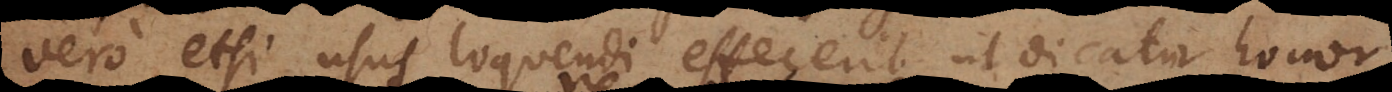
vero etsi usus loquendi effecerit ut dicatur honor